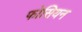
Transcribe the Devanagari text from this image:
फोसियन